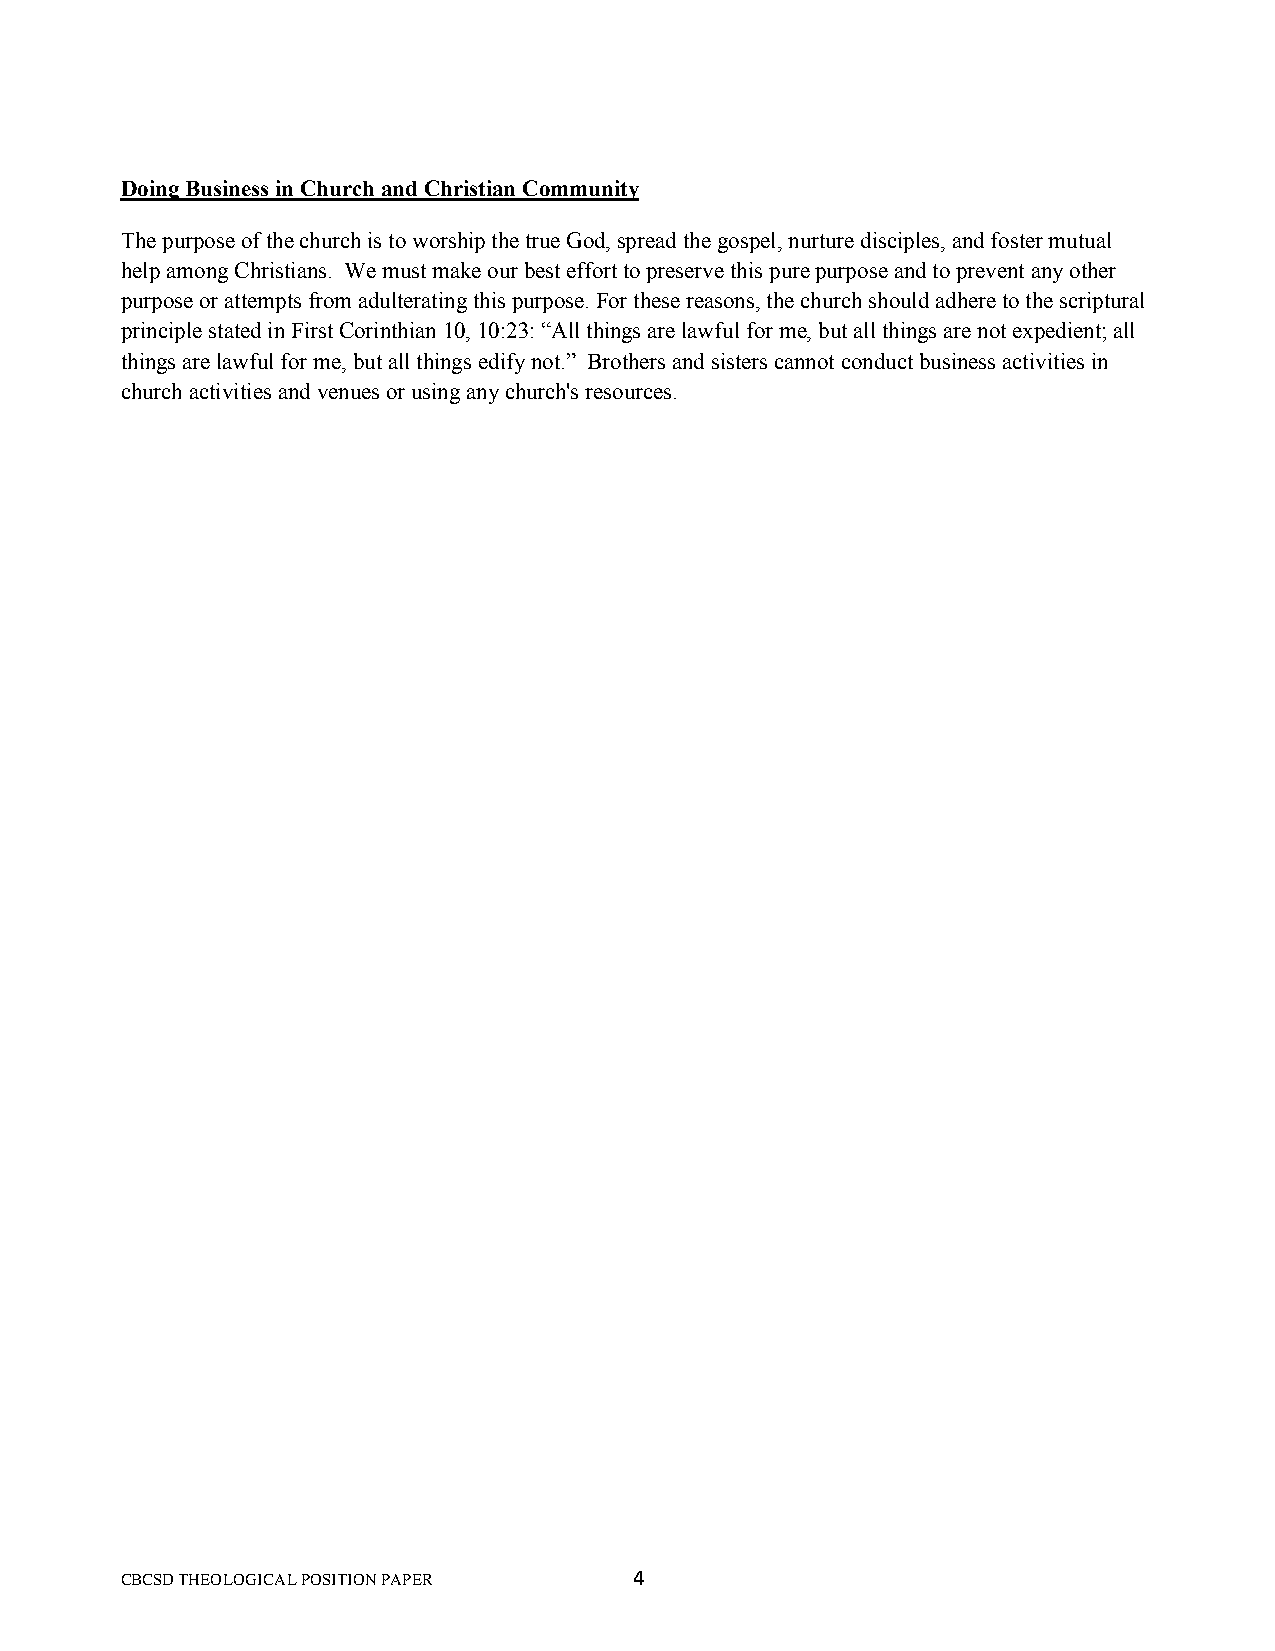
Doing Business in Church and Christian Community
 The purpose of the church is to worship the true God, spread the gospel, nurture disciples, and foster mutual
 help among Christians. We must make our best effort to preserve this pure purpose and to prevent any other
 purpose or attempts from adulterating this purpose. For these reasons, the church should adhere to the scriptural
 principle stated in First Corinthian 10, 10:23: “All things are lawful for me, but all things are not expedient; all
 things are lawful for me, but all things edify not.” Brothers and sisters cannot conduct business activities in
 church activities and venues or using any church's resources.
 CBCSD THEOLOGICAL POSITION PAPER  4